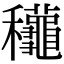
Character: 䆋